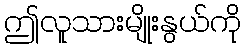
ဤလူသားမျိုးနွယ်ကို